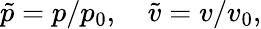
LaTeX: \tilde{p}=p/p_{0},\quad\tilde{v}=v/v_{0},